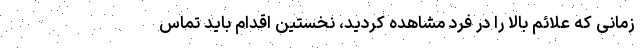
زمانی که علائم بالا را در فرد مشاهده کردید، نخستین اقدام باید تماس